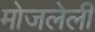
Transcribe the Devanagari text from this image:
मोजलेली